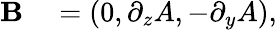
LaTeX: \begin{array}{rl}{{\mathbf B}}&{{}=\left(0,\partial_{z}A,-\partial_{y}A\right),}\end{array}